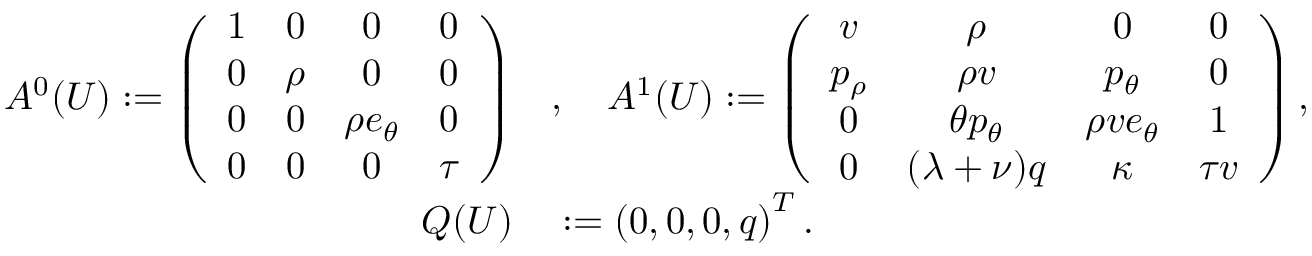
\begin{array} { r l } { A ^ { 0 } ( U ) : = \left( \begin{array} { c c c c } { 1 } & { 0 } & { 0 } & { 0 } \\ { 0 } & { \rho } & { 0 } & { 0 } \\ { 0 } & { 0 } & { \rho e _ { \theta } } & { 0 } \\ { 0 } & { 0 } & { 0 } & { \tau } \end{array} \right) } & { { } , \quad A ^ { 1 } ( U ) : = \left( \begin{array} { c c c c } { v } & { \rho } & { 0 } & { 0 } \\ { p _ { \rho } } & { \rho v } & { p _ { \theta } } & { 0 } \\ { 0 } & { \theta p _ { \theta } } & { \rho v e _ { \theta } } & { 1 } \\ { 0 } & { ( \lambda + \nu ) q } & { \kappa } & { \tau v } \end{array} \right) , } \\ { Q ( U ) } & { { } : = \left( 0 , 0 , 0 , q \right) ^ { T } . } \end{array}